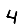
Digit: 4